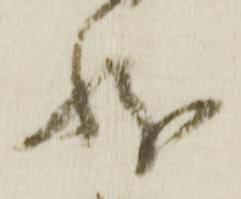
状